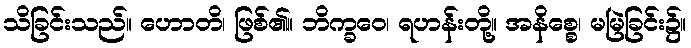
သိခြင်းသည်။ ဟောတိ၊ ဖြစ်၏။ ဘိက္ခဝေ၊ ရဟန်းတို့။ အနိစ္စေ၊ မမြဲခြင်း၌။